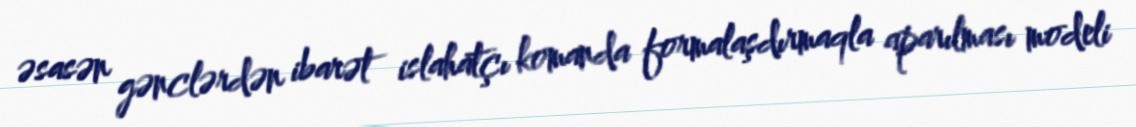
əsasən gənclərdən ibarət islahatçı komanda formalaşdırmaqla aparılması modeli